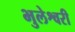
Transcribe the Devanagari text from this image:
भुलेश्वरी